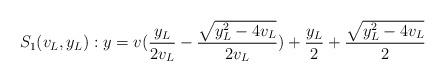
LaTeX: \begin{align*}S_1(v_L,y_L): y&=v(\frac{y_L}{2v_L}-\frac{\sqrt{y_L^2-4v_L}}{2v_L})+\frac{y_L}{2}+\frac{\sqrt{y_L^2-4v_L}}{2} \end{align*}